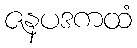
ဇနပဒကထံ